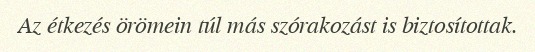
Az étkezés örömein túl más szórakozást is biztosítottak.